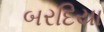
બરદિયા